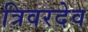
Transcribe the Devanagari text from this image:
त्रिवरदेव